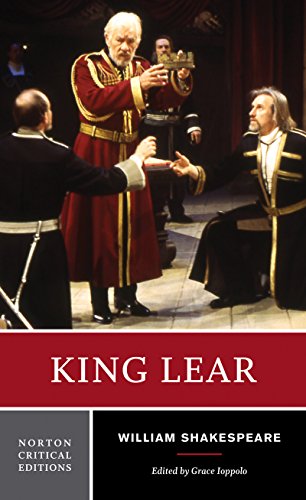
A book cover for King Lear (Norton Critical Editions); William Shakespeare; Literature & Fiction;